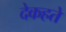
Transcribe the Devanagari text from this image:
देकहते